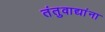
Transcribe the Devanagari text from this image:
तंतुवाद्यांना